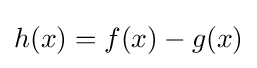
h(x)=f(x)-g(x)